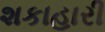
શકાહારી